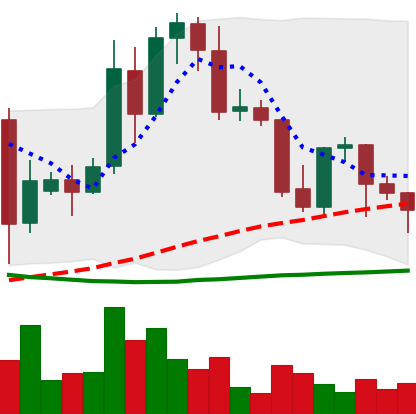
Ticker: TRX-USD
Chart end date: 2021-09-26
Forward return: 7.998%
Label: up_7plus